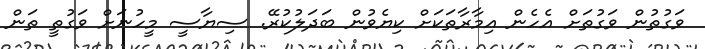
ވަގުތުން ވަގުތަށް އެހެން އިމާރާތަކަށް ކިޔެވުން ބަދަލުކުރޭ. ސިޔާސީ މީހުނަށް ވަގުތީ ތަން